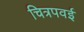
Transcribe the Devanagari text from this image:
चित्रपवई